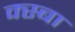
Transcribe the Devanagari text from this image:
क्स्बा